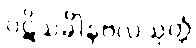
ပဋိသင်္ခါနဗလသုတ္တံ